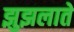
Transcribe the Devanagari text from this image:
झुझलाते